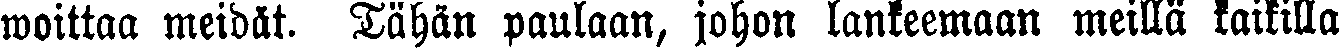
woittaa meidät. Tähän paulaan, johon lankeemaan meillä kaikilla